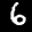
Label: 6